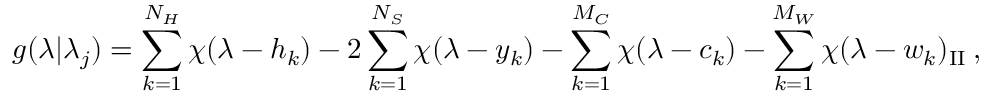
\displaystyle g ( \lambda | \lambda _ { j } ) = \sum _ { k = 1 } ^ { N _ { H } } \chi ( \lambda - h _ { k } ) - 2 \sum _ { k = 1 } ^ { N _ { S } } \chi ( \lambda - y _ { k } ) - \sum _ { k = 1 } ^ { M _ { C } } \chi ( \lambda - c _ { k } ) - \sum _ { k = 1 } ^ { M _ { W } } \chi ( \lambda - w _ { k } ) _ { \mathrm { I I } } \: ,